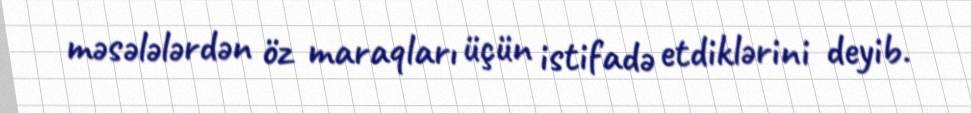
məsələlərdən öz maraqları üçün istifadə etdiklərini deyib.